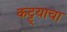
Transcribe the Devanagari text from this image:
कट्ट्याचा